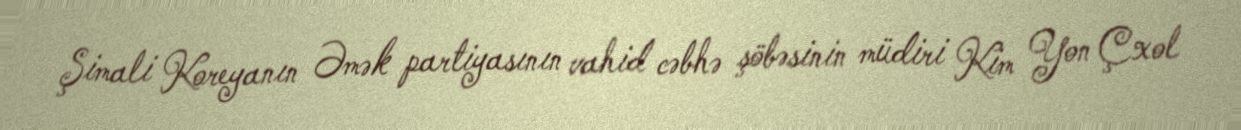
Şimali Koreyanın Əmək partiyasının vahid cəbhə şöbəsinin müdiri Kim Yon Çxol